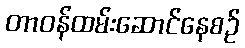
တာဝန်ထမ်းဆောင်နေစဉ်